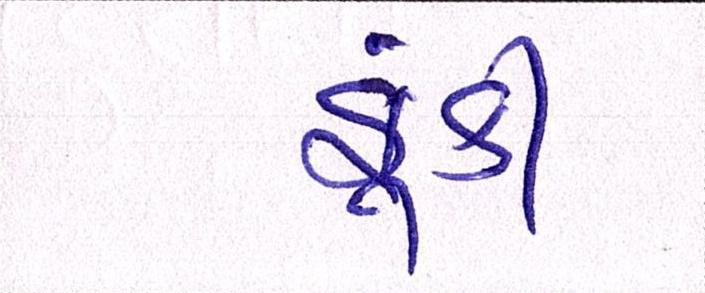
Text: ફૂંકી